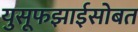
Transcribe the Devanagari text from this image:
युसूफझाईसोबत